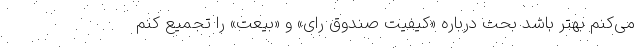
می‌کنم بهتر باشد بحث درباره «کیفیت صندوق رای» و «بیعت» را تجمیع کنم